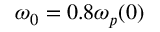
\omega _ { 0 } = 0 . 8 \omega _ { p } ( 0 )